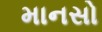
માનસો